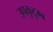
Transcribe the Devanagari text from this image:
उपकुटुम्ब